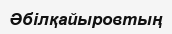
Әбілқайыровтың